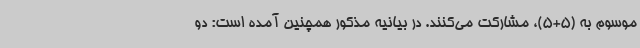
موسوم به (5+5)، مشارکت می‌کنند. در بیانیه مذکور همچنین آمده است: دو